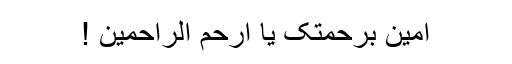
آمین برحمتک یا أرحم الراحمین !